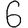
Digit: 6